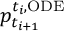
p _ { t _ { i + 1 } } ^ { t _ { i } , \mathrm { O D E } }